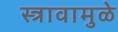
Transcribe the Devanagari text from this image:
स्त्रावामुळे